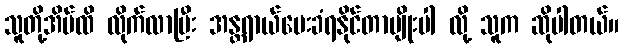
သူတို့အိမ်ထိ လိုက်လာပြီး အန္တရာယ်ပေးခံရနိုင်တာမျိုးပါ လို့ သူက ဆိုပါတယ်။